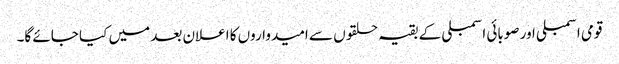
قومی اسمبلی اور صوبائی اسمبلی کے بقیہ حلقوں سے امیدواروں کا اعلان بعد میں کیا جائے گا۔